Annual report of the Civil Veterinary Department, Bengal, for the year 1895-96 - 1895-1896
Year: 1895
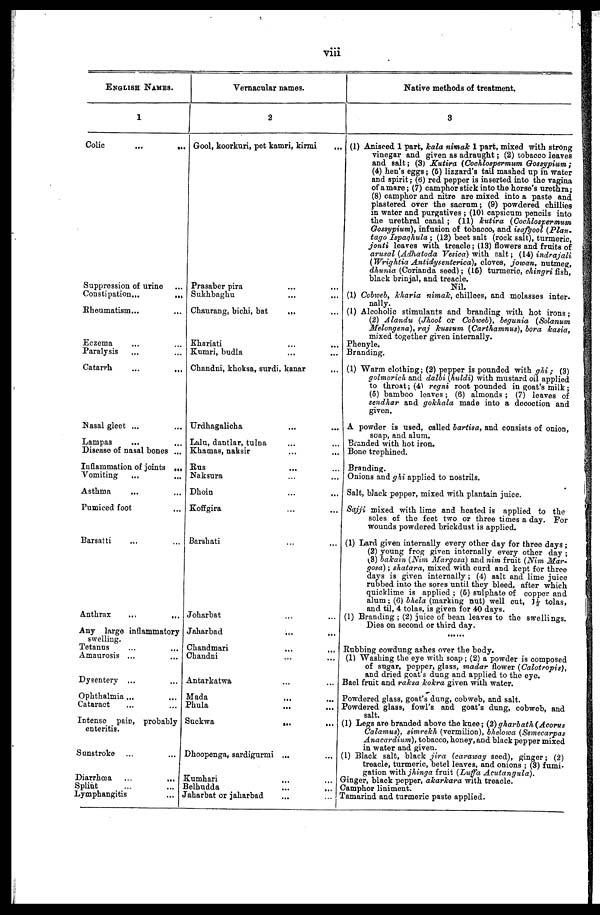
viii
ENGLISH NAMES.
1
Colic
...
...
Suppression of urine ...
Constipation...
...
Rheumatism... ...
Eczema ... ...
Paralysis ... ...
Catarrh ... ...
Nasal gleet ... ...
Lampas ... ...
Disease of nasal bones ...
Inflammation of joints
...
Vomiting
Asthma ... ...
Pumiced foot ...
Barsatti ... ...
Anthrax
...
...
Any largo inflammatory
swelling.
Tetanus ... ...
Amaurosis ... ...
Dysentery ... ...
Ophthalmia ... ...
Cataract ... ...
Intense pain, probably
enteritis.
Sunstroke ... ...
Diarrhoœa ... ...
Splint ... ...
Lymphangitis ...
Vernacular names.
2
Gool, koorkuri, pet kamri, kirmi ...
Prasaber pira ... ...
Sukhbaghu ... ...
Chaurang, bichi, bat ... ...
Khariati ... ...
Kumri, budla ... ...
Chandni, khoksa, surdi, kanar ...
Urdhagalicha ... ...
Laln, dantlar, tulna ... ...
Khamas, naksir ... ...
Rus ... ...
Naksura ... ...
Dhoin ... ...
Koffgira ... ...
Barehati ... ...
Joharbat ... ...
Jaharbad ... ...
Chandmari ... ...
Chandni ... ...
Antarkatwa ... ...
Mada ... ...
Phula ... ...
Suckwa
...
...
Dhoopenga, sardigurmi ... ...
Kumhari ... ...
Belhudda ... ...
Jaharbat or jaharbad
...
...
Native methods of treatment.
3
(1) Aniseed 1 part, kala nimak 1 part, mixed with strong
vinegar and given as adraught; (2) tobacco leaves
and salt; (3) Kutira (Cochlospermum
Gossypium;
(4) hen's eggs; (5) lizzard's tail mashed up in water
and spirit; (6) red pepper is inserted into the vagina
of a mare; (7) camphor stick into the horse's urethra;
(8) camphor and nitre are mixed into a paste and
plastered over the sacrum; (9) powdered chillies
in water and purgatives; (10) capsicum pencils into
the urethral canal; (11) kutira
(Cochlospermum
Gossypium), infusion of tobacco, and isafgool
(Plan-
tago Ispaghula;
(12) beet salt (rock salt), turmeric,
jonti leaves with treacle; (13) flowers and fruits of
arusal (Adhatoda Vesica) with nalt; (14) indrajali
(Wrightia Antidysenterica),
cloves, jowan, nutmeg,
dhunia (Corianda seed); (16) turmeric, chingri fish,
black brinjal, and treacle. Nil.
(1) Cobweb, Kharia nimak, chillees, and molasses inter-
nally.
(1) Alcoholic stimulants and branding with hot irons;
(2) Alandu
(Jhool or Cobweb), begunia (Solanum
Melongena), raj kussum (Carthamnus), bora
kasia,
mixed together given internally.
Phenyle.
Branding.
(1) Warm clothing; (2) pepper is pounded with ghi;
(3)
golmorich and dalbi (huldi) with mustard oil applied
to throat; (4) regni root pounded in goat's milk;
(5) bamboo leaves; (6) almonds; (7) leaves of
sendhar and gokhala made into a decoction and
given.
A powder is used, called bartisa, and consists of onion,
soap, and alum.
Branded with hot iron.
Bone trephined.
Branding.
Onions and ghi applied to nostrils.
Salt, black pepper, mixed with plantain juice.
Sajji mixed with lime and heated is applied to the
soles of the feet two or three times a day. For
wounds powdered brickdust is applied.
(1) Lard given internally every other day for three days;
(2) young frog given internally every other day;
(3) bakain (Nim Margosa) and nim fruit (Nim Mar-
gosa); shatara, mixed with curd and kept for three
days is given internally; (4) salt and lime juice
rubbed into the sores until they bleed, after which
quicklime is applied; (5) sulphate of copper and
alum; (6) bhela (marking nut) well cut, 1½ tolas,
and til, 4 tolas, is given for 40 days.
(1) Branding; (2) juice of bean leaves to the swellings.
Dies on second or third day.
......
Rubbing cowdung ashes over the body.
(1) Washing the eye with soap; (2) a powder is composed
of sugar, pepper, glass, madar flower (Calotropis),
and dried goat's dung and applied to the eye.
Bael fruit and raksa kokra given with water.
Powdered glass, goat's dung, cobweb, and salt.
Powdered glass, fowl's and goat's dung, cobweb, and
salt
salt.
(1) Legs are branded above the knee; (2) gharbath
(Acorus
Calamus), simrekh (vermilion), bhelowa
(Semecarpas
Anacardium),
tobacco, honey, and black pepper mixed
in water and given.
(1) Black salt, black jira (caraway seed), ginger; (2)
treacle, turmeric, betel leaves, and onions; (3) fumi-
gation with jhinga fruit (Luffa
Acutangula).
Ginger, black pepper, akarkara with treacle.
Camphor liniment.
Tamarind and turmeric paste applied.